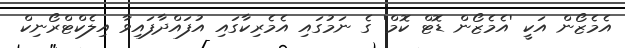
އެމެޒޯން އަކީ 'އެމެޒޯން ޑޮޓް ކޮމް' ގެ ނަމުގައި އެމެރިކާގައި އުފައްދާފައިވާ އިލެކްޓްރޯނިކް